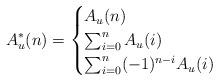
LaTeX: \begin{align*}A_{u}^{*}(n) = \begin{cases}A_{u}(n) & \\\sum_{i=0}^{n} A_{u}(i) & \\\sum_{i=0}^{n} (-1)^{n-i} A_{u}(i) & \end{cases}\end{align*}